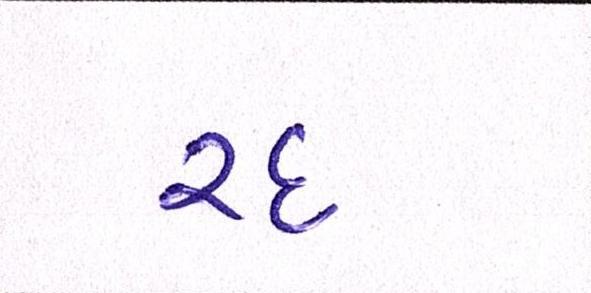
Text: રદ